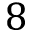
8